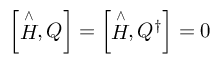
\left[ \stackrel { \wedge } { H } , Q \right] = \left[ \stackrel { \wedge } { H } , Q ^ { \dagger } \right] = 0